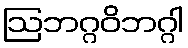
ဩဘဂ္ဂဝိဘဂ္ဂါ